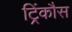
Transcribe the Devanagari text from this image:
ट्रिंकौस